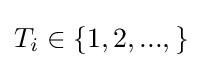
T_{i}\in \{1,2,...,\}